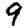
Digit: 9